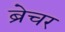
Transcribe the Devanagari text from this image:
ब्रेचर